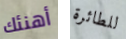
أهنئك للطائرة